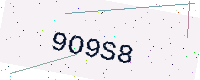
Text: 9O9S8